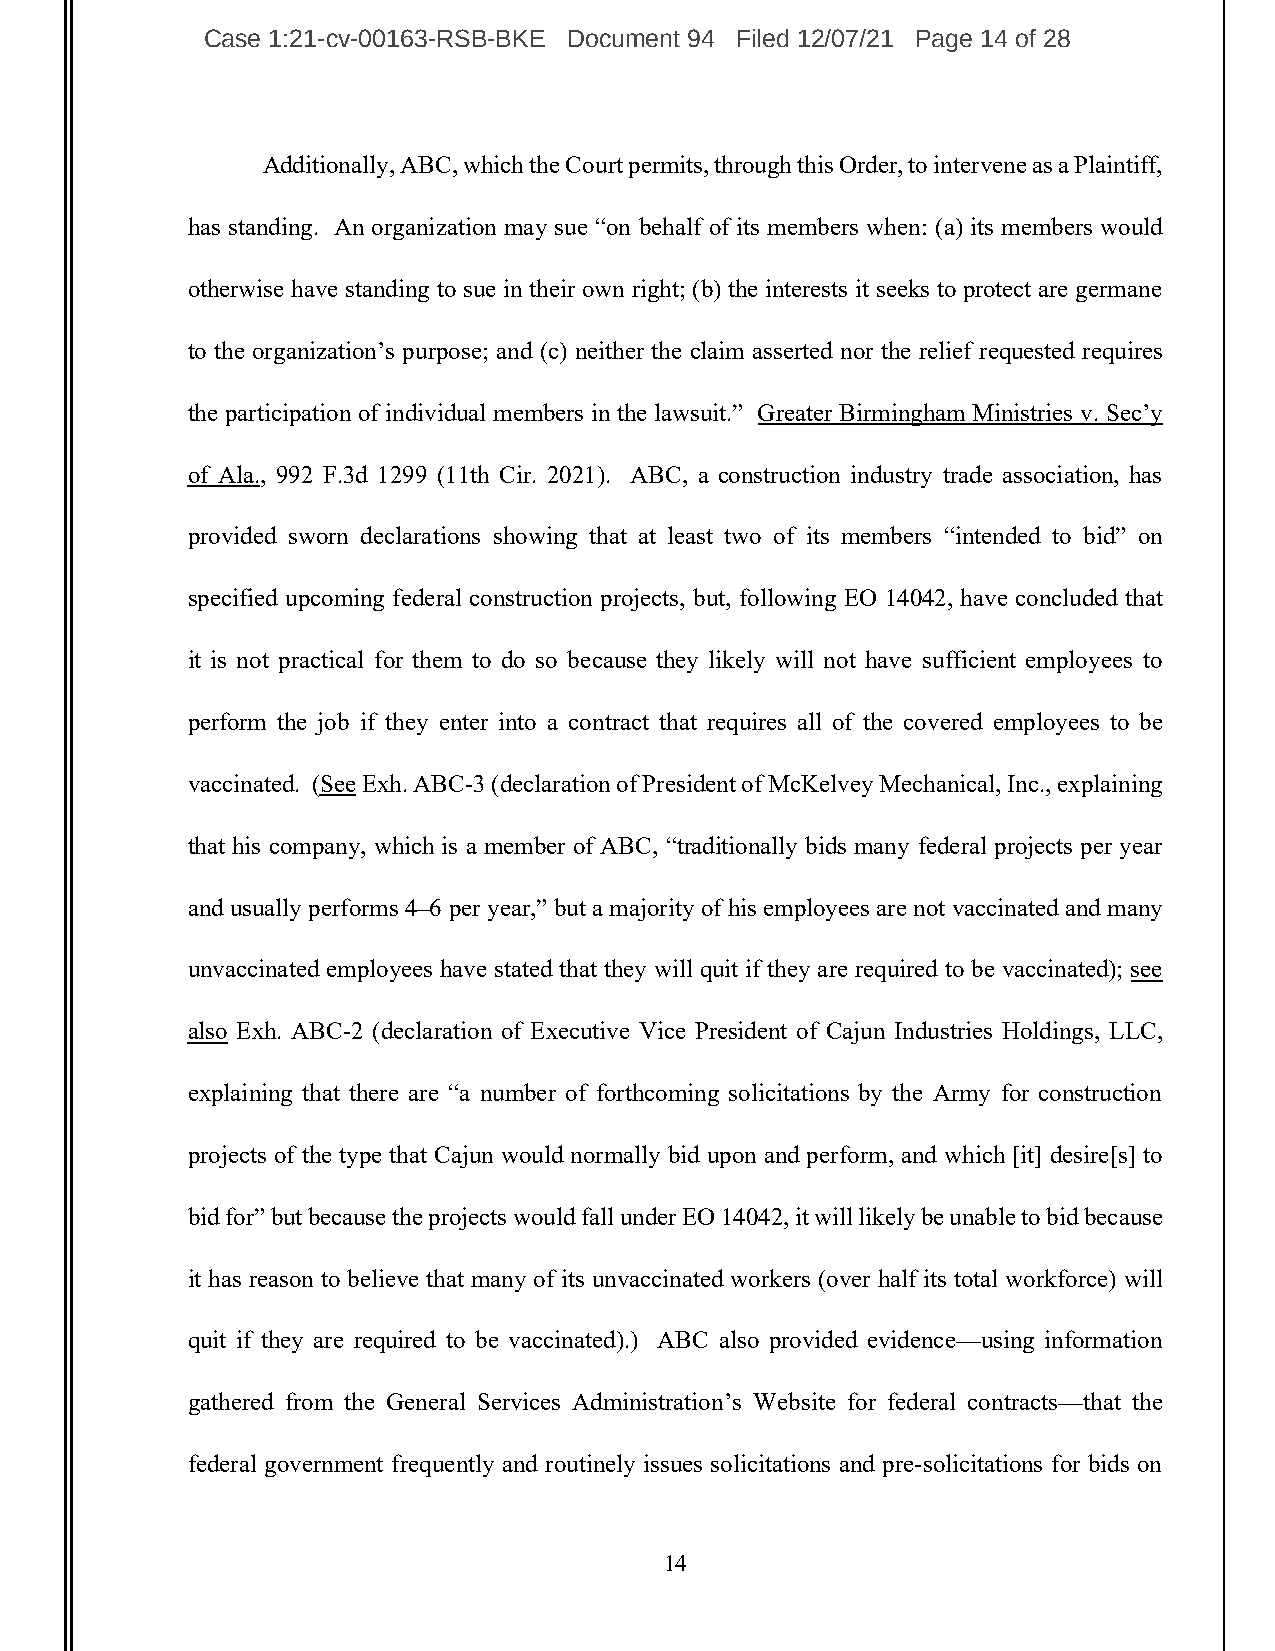
Case 1:21-cv-00163-RSB-BKE Document 94 Filed 12/07/21 Page 14 of 28
 Additionally, ABC, which the Court permits, through this Order, to intervene as a Plaintiff,
 has standing. An organization may sue “on behalf of its members when: (a) its members would
 otherwise have standing to sue in their own right; (b) the interests it seeks to protect are germane
 to the organization’s purpose; and (c) neither the claim asserted nor the relief requested requires
 the participation of individual members in the lawsuit.” Greater Birmingham Ministries v. Sec’y
 of Ala., 992 F.3d 1299 (11th Cir. 2021). ABC, a construction industry trade association, has
 provided sworn declarations showing that at least two of its members “intended to bid” on
 specified upcoming federal construction projects, but, following EO 14042, have concluded that
 it is not practical for them to do so because they likely will not have sufficient employees to
 perform the job if they enter into a contract that requires all of the covered employees to be
 vaccinated. (See Exh. ABC-3 (declaration of President of McKelvey Mechanical, Inc., explaining
 that his company, which is a member of ABC, “traditionally bids many federal projects per year
 and usually performs 4–6 per year,” but a majority of his employees are not vaccinated and many
 unvaccinated employees have stated that they will quit if they are required to be vaccinated); see
 also Exh. ABC-2 (declaration of Executive Vice President of Cajun Industries Holdings, LLC,
 explaining that there are “a number of forthcoming solicitations by the Army for construction
 projects of the type that Cajun would normally bid upon and perform, and which [it] desire[s] to
 bid for” but because the projects would fall under EO 14042, it will likely be unable to bid because
 it has reason to believe that many of its unvaccinated workers (over half its total workforce) will
 quit if they are required to be vaccinated).) ABC also provided evidence—using information
 gathered from the General Services Administration’s Website for federal contracts—that the
 federal government frequently and routinely issues solicitations and pre-solicitations for bids on
 14